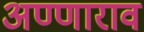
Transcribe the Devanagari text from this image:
अण्णाराव